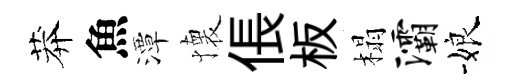
莽魚潭懐倀板榻灞娘